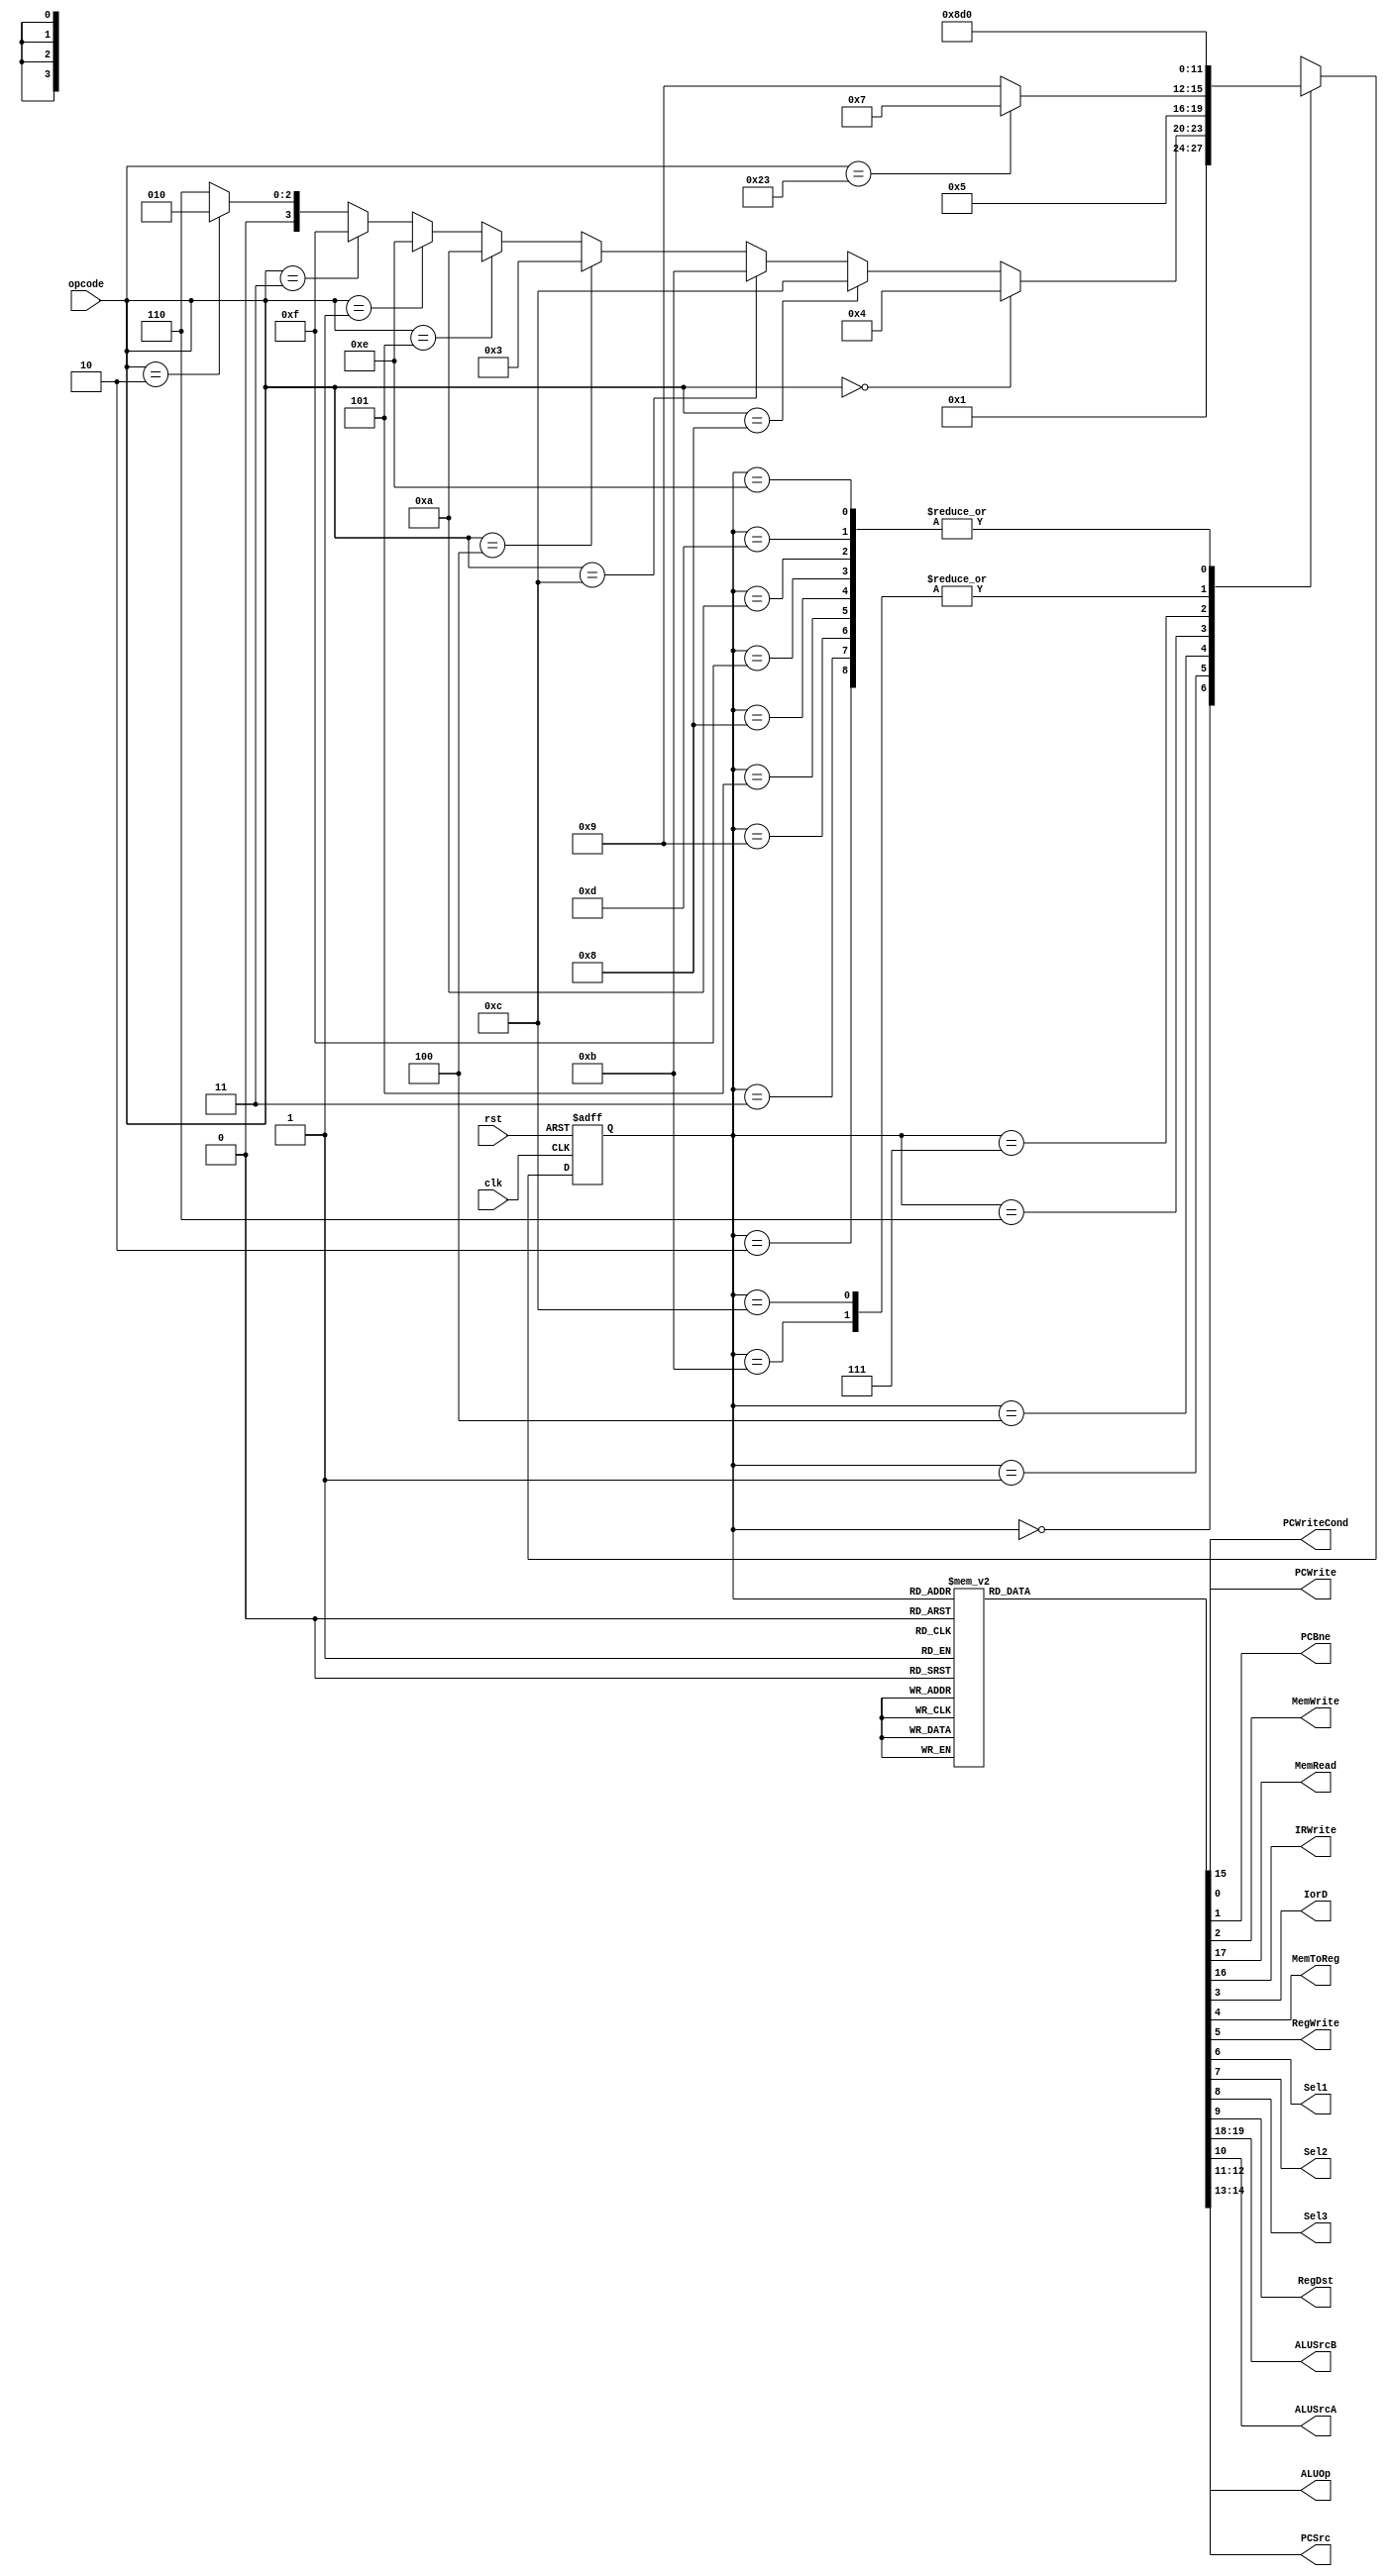
module Controller(clk, rst, opcode, PCWrite, PCWriteCond, PCBne, MemWrite, MemRead, IRWrite, 
					IorD, MemToReg, RegWrite, Sel1, Sel2, Sel3, RegDst, ALUSrcB, ALUSrcA, PCSrc, ALUOp);
input [5:0] opcode;
input clk, rst;
output reg PCWrite, PCWriteCond, PCBne, MemWrite, MemRead, IRWrite, IorD, MemToReg, RegWrite, 
			Sel1, Sel2, Sel3, RegDst, ALUSrcA;
output reg [1:0] ALUSrcB, PCSrc, ALUOp;
reg [3:0] ps, ns;
localparam IF = 4'b0000;
localparam ID = 4'b0001;
localparam j = 4'b0010;
localparam beq = 4'b0011;
localparam rt = 4'b0100;
localparam rtFinish = 4'b0101;
localparam memRef = 4'b0110;
localparam lw = 4'b0111;
localparam lwFinish = 4'b1000;
localparam sw = 4'b1001;
localparam bne = 4'b1010;
localparam andi = 4'b1011;
localparam addi = 4'b1100;
localparam immFinish = 4'b1101;
localparam jr = 4'b1110;
localparam jal = 4'b1111;

always @(posedge clk or posedge rst)begin
	if(rst)
		ps <= IF;
	else
		ps <= ns;
end

always @(opcode or ps)begin
	case(ps)
		IF: ns = ID;
		ID: begin
			if(opcode == 6'b0) ns = rt;
			else if(opcode == 6'b001000) ns = addi;
			else if(opcode == 6'b001100) ns = andi;
			else if(opcode == 6'b000100) ns = beq;
			else if(opcode == 6'b000101) ns = bne;
			else if(opcode == 6'b000001) ns = jr;
			else if(opcode == 6'b000011) ns = jal;
			else if(opcode == 6'b000010) ns = j;
			else ns = memRef;
		end
		j: ns = IF;
		beq: ns = IF;
		rt: ns = rtFinish;
		memRef: begin
			if(opcode == 6'b100011) ns = lw;
			else ns = sw;
		end
		lw: ns = lwFinish;
		sw: ns = IF;
		rtFinish: ns = IF;
		lwFinish: ns = IF;
		jal: ns = IF;
		bne: ns = IF;
		andi: ns = immFinish;
		addi: ns = immFinish;
		immFinish: ns = IF;
		jr: ns = IF;
	endcase
end

always @(ps)begin
	{PCWrite, PCWriteCond, PCBne, MemWrite, MemRead, IRWrite, IorD, MemToReg, RegWrite, 
		Sel1, Sel2, Sel3, RegDst, ALUSrcA} = 14'b0;
	ALUSrcB = 2'b00;
	PCSrc = 2'b00;
	ALUOp = 2'b00;
	case(ps)
		IF: begin
			{MemRead, IRWrite, PCWrite} = 3'b111;
			ALUSrcB = 2'b01;
		end
		ID: ALUSrcB = 2'b11;
		j: begin
			PCWrite = 1'b1;
			PCSrc = 2'b01;
		end
		beq: begin
			{ALUSrcA, PCWriteCond} = 2'b11;
			ALUOp = 2'b01;
			PCSrc = 2'b10; 
		end
		rt: begin
			ALUOp = 2'b10;
			ALUSrcA = 1'b1;
		end
		rtFinish: {RegDst, RegWrite} = 2'b11;
		memRef: begin
			ALUSrcA = 1'b1;
			ALUSrcB = 2'b10;
		end
		lw: {IorD, MemRead} = 2'b11;
		lwFinish: {MemToReg, RegWrite} = 2'b11;
		sw: {IorD, MemWrite} = 2'b11;
		jal: {Sel1, Sel2, RegWrite, PCSrc, PCWrite} = 5'b11111;
		bne: begin
			{ALUSrcA, PCBne} = 2'b11;
			ALUOp = 2'b01;
			PCSrc = 2'b10; 
		end
		andi: begin
			ALUSrcA = 1'b1;
			ALUSrcB = 2'b10;
			ALUOp = 2'b11;
		end
		addi: begin
			ALUSrcA = 1'b1;
			ALUSrcB = 2'b10;
			ALUOp = 2'b00;
		end
		immFinish: RegWrite = 1'b1;
		jr: begin
			{ALUSrcA, Sel3, PCWrite} = 3'b111;
			ALUSrcB = 2'b01;
		end
	endcase
end

endmodule